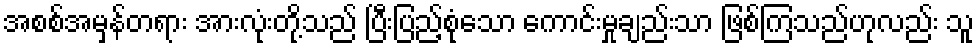
အစစ်အမှန်တရား အားလုံးတို့သည် ပြီးပြည့်စုံသော ကောင်းမှုချည်းသာ ဖြစ်ကြသည်ဟုလည်း သူ